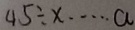
4 5 \div x \cdots a